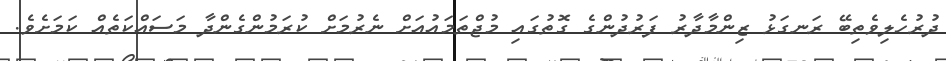
ދުރުހެލިވެތިބޭ ރަނގަޅު ޒިންމާދާރު ފަރުދުންގެ ގޮތުގައި މުޖްތަމައުއަށް ނެރުމަށް ކުރަމުންގެންދާ މަސައްކަތެއް ކަމަށެވެ.